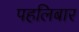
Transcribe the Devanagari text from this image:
पहलिबार